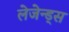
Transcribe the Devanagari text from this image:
लेजेन्ड्स